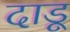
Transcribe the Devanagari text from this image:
दाडू